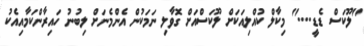
"ލޫކަސް ޑެޑީ...." މިކާލް ކުއްލިއަކަށް ލޫކަސްއަށް ގޮވާލި ނަމަކުން އެންމެނަށް ލިބުނު ހައިރާންކަމާއިއެކު